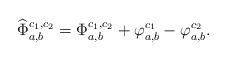
LaTeX: \begin{align*} \widehat{\Phi}^{c_1,c_2}_{a,b} = \Phi^{c_1,c_2}_{a,b}+\varphi_{a,b}^{c_1}-\varphi_{a,b}^{c_2} .\end{align*}